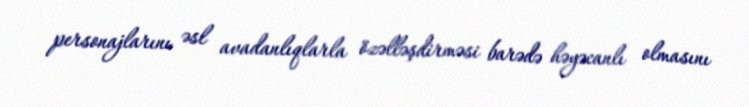
personajlarını əsl avadanlıqlarla özəlləşdirməsi barədə həyəcanlı olmasını